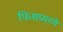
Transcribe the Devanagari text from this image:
फिशप्रमाणे